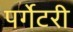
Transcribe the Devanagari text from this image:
पर्गेटरी